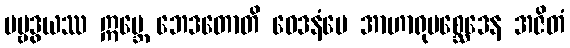
ပဗ္ဗဒွယဿ ဣဗ္ဘေ ဘေဒတောတိ ဝေဒနံပေ အာဟာရုပစ္ဆေဒေန အဇိတံ